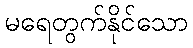
မရေတွက်နိုင်သော